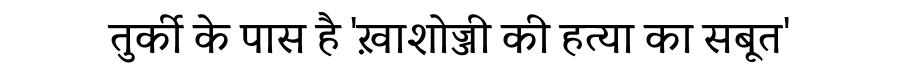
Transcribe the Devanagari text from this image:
तुर्की के पास है 'ख़ाशोज्जी की हत्या का सबूत'